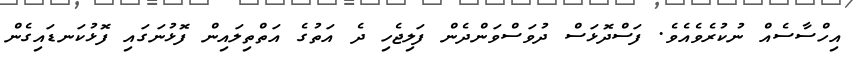
އިހްސާސެއް ނުކުރެވެއެވެ. ފަސްދޮޅަސް ދުވަސްވަންދެން ފަލިޖެހި ދެ އަތުގެ އަތްތިލައިން ފޮޅުނަގައި ފޮޅުކަނޑައިގެން